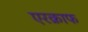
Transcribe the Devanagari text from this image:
एरक्राफ